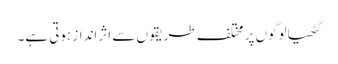
گٹھیا لوگوں پر مختلف طریقوں سے اثرانداز ہوتی ہے۔